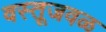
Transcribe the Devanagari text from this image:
वस्तूजवळ